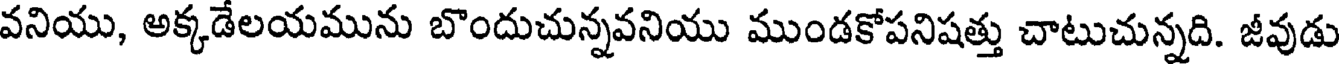
వనియు, అక్కడేలయమును బొందుచున్నవనియు ముండకోపనిషత్తు చాటుచున్నది. జీవుడు